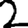
Digit: 2